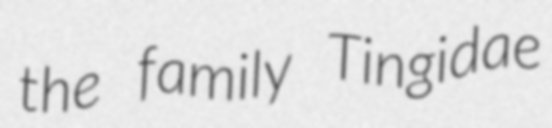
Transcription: the family Tingidae